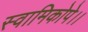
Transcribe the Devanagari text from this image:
स्वामिकोपे।।